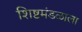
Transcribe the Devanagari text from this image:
शिष्टमंडळाला